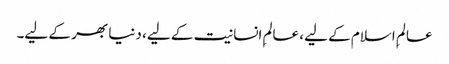
عالمِ اسلام کے لیے، عالمِ انسانیت کے لیے، دنیا بھر کے لیے۔